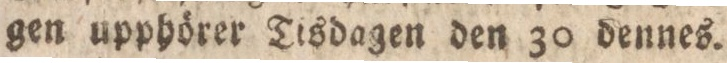
gen upphörer Tisdagen den 30 dennes.